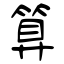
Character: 算